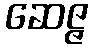
ဆေဇ္ဇ